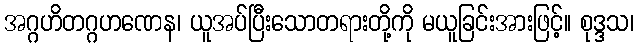
အဂ္ဂဟိတဂ္ဂဟဏေန၊ ယူအပ်ပြီးသောတရားတို့ကို မယူခြင်းအားဖြင့်။ စုဒ္ဒသ၊